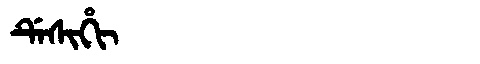
Manchu: ᡩᡝᠰᡳᡥᡳ
Romanization: DESIHI